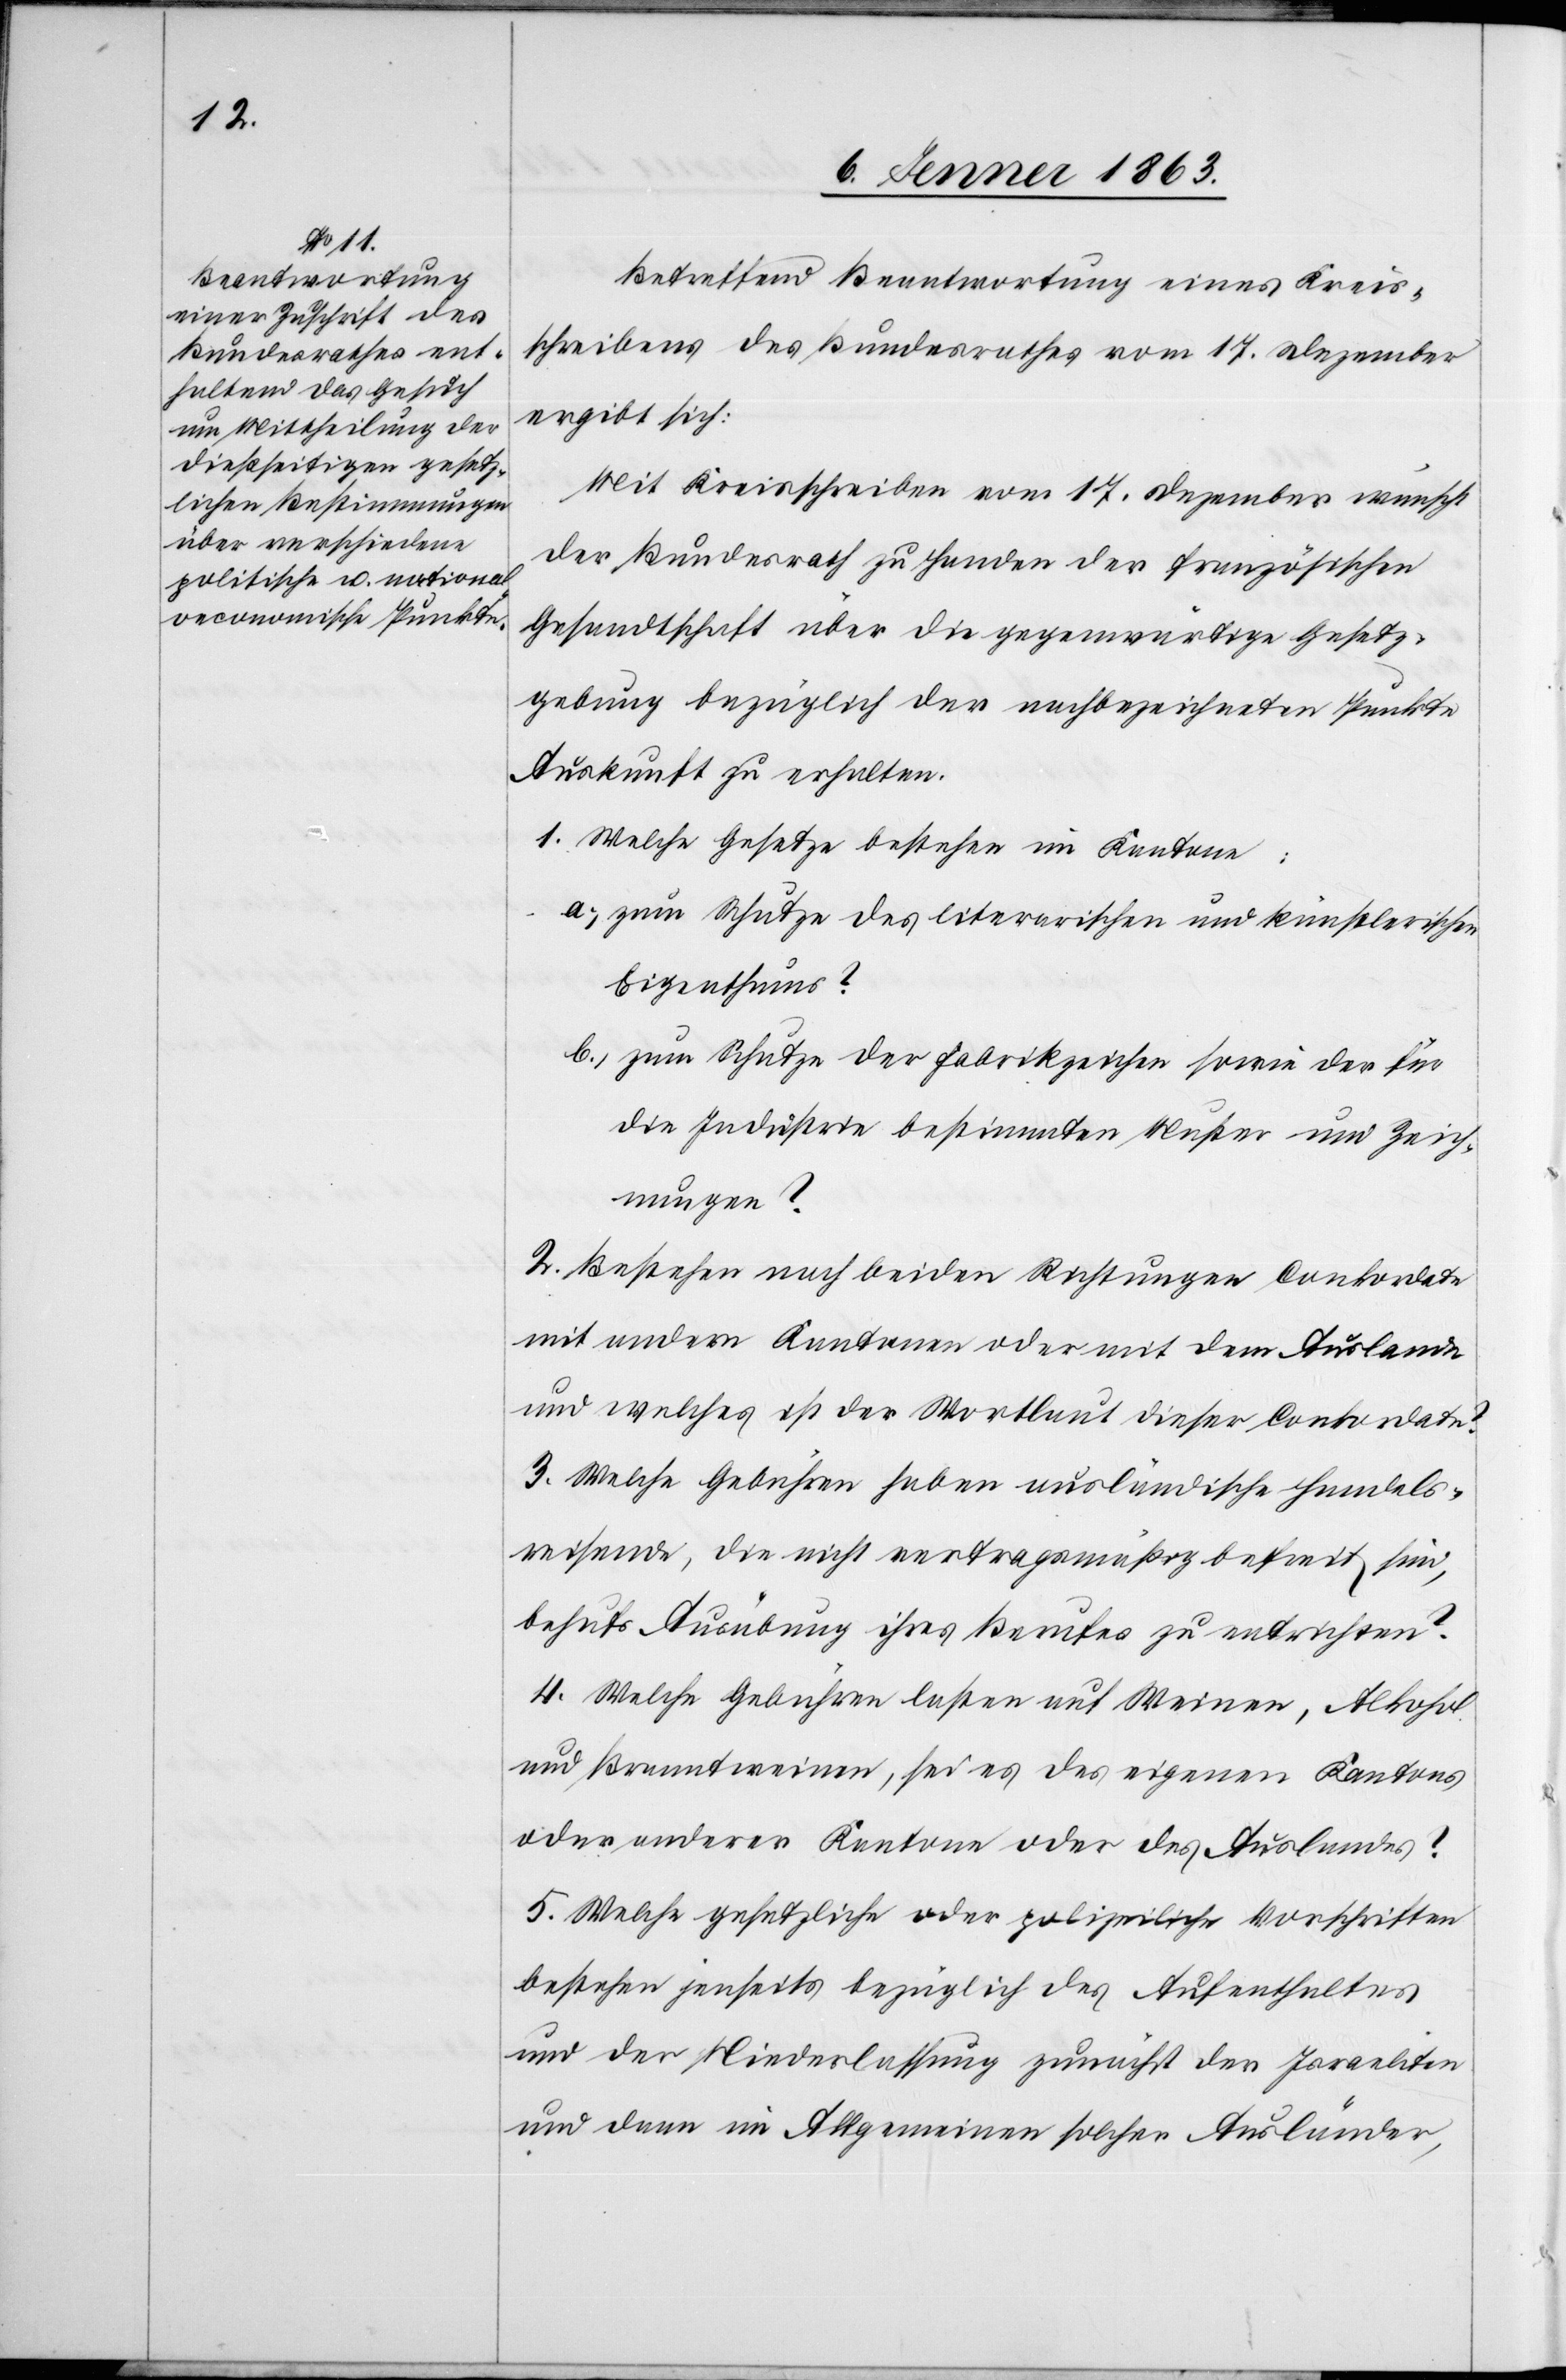
Betreffend Beantwortung eines Kreis¬
schreibens des Bundesrathes vom 17. Dezember
ergibt sich:
Mit Kreisschreiben vom 17. Dezember wünscht
der Bundesrath zu Handen der Französischen
Gesandtschaft über die gegenwärtige Gesetz¬
gebung bezüglich der nachbezeichneten Punkte
Auskunft zu erhalten.
1. Welche Gesetze bestehen im Kantone:
a.) zum Schutze des literarischen und künstlerischen
Eigenthums?
b.) zum Schutze der Fabrikzeichen sowie der für
die Industrie bestimmten Muster und Zeich¬
nungen?
2. Bestehen nach beiden Richtungen Conkordate
mit andern Kantonen oder mit dem Auslande
und welches ist der Wortlaut dieser Conkordate?
3. Welche Gebühren haben ausländische Handels¬
reisende, die nicht vertragsmäßig befreit sind,
behufs Ausübung ihres Berufes zu entrichten?
4. Welche Gebühren lasten auf Weinen, Alkohol
und Brandweinen, sei es des eigenen Kantons
oder anderer Kantone oder des Auslandes?
5. Welche gesetzliche oder polizeiliche Vorschriften
bestehen jenseits bezüglich des Aufenthaltes
und der Niederlassung zunächst der Israeliten
und dann im Allgemeinen solcher Ausländer,